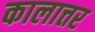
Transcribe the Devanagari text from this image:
कालात्तर